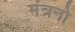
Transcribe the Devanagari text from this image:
मंत्रनो